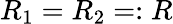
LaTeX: R_{1}=R_{2}=:R